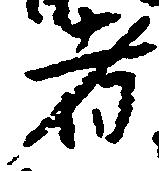
者